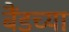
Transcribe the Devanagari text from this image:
बैंडच्या